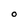
Character: 0